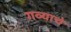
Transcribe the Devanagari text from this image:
गव्याचे